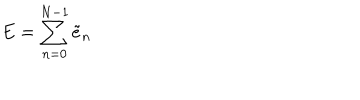
E = \sum _ { n = 0 } ^ { N - 1 } \tilde { e } _ { n }